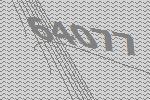
64077